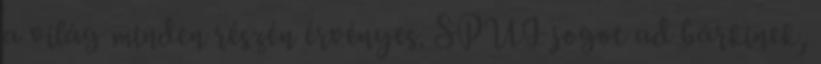
a világ minden részén érvényes. SPUI jogot ad bárkinek,